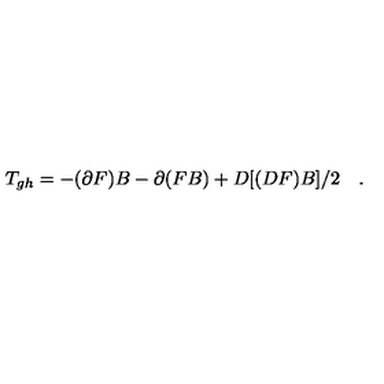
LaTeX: T _ { g h } = - ( \partial F ) B - \partial ( F B ) + D [ ( D F ) B ] / 2 \quad .